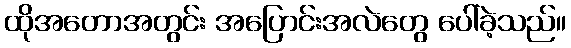
ထိုအတောအတွင်း အပြောင်းအလဲတွေ ပေါ်ခဲ့သည်။